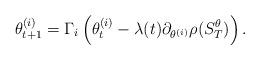
LaTeX: \begin{align*}\theta_{t+1}^{(i)}=\Gamma_i\left(\theta^{(i)}_t-\lambda(t)\partial_{\theta^{(i)}}\rho(S_T^\theta)\right).\end{align*}